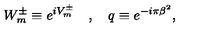
W _ { m } ^ { \pm } \equiv e ^ { i V _ { m } ^ { \pm } } \quad , \quad q \equiv e ^ { - i \pi \beta ^ { 2 } } ,